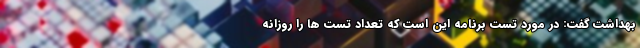
بهداشت گفت: در مورد تست برنامه این است که تعداد تست ها را روزانه